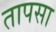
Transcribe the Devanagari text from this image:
तापसा